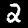
Digit: 2